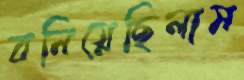
বনিয়েছিলাম